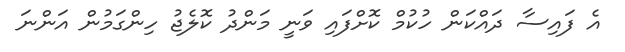
އެ ފައިސާ ދައްކަން ހުކުމް ކޮށްފައި ވަނީ މަންދު ކޮލެޖު ހިންގަމުން އަންނަ